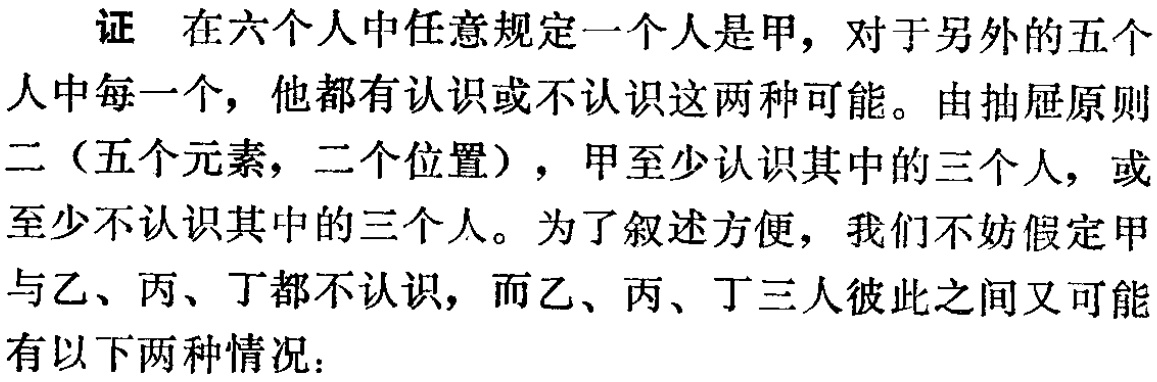
证 在六个人中任意规定一个人是甲，对于另外的五个人中每一个，他都有认识或不认识这两种可能。由抽屉原则二（五个元素，二个位置），甲至少认识其中的三个人，或至少不认识其中的三个人。为了叙述方便，我们不妨假定甲与乙、丙、丁都不认识，而乙、丙、丁三人彼此之间又可能有以下两种情况：